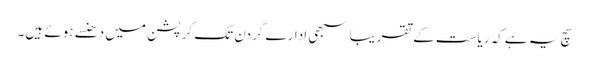
سچ یہ ہےکہ ریاست کے تقریباََ سبھی ادارے گردن تک کرپشن میں دھنسے ہوئے ہیں۔